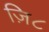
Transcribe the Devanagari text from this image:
ज़ि८